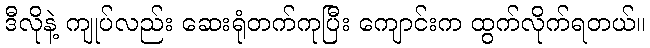
ဒီလိုနဲ့ ကျုပ်လည်း ဆေးရုံတက်ကုပြီး ကျောင်းက ထွက်လိုက်ရတယ်။